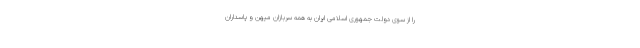
را از سوی دولت جمهوری اسلامی ایران به همه سربازان میهن و پاسداران